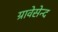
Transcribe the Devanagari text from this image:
ग्रावेसेन्द